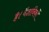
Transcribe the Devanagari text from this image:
है।वैज्ञानिकों